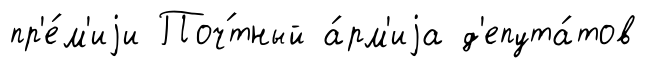
пр'е́м'иjи Поч́тный а́рм'иjа д'епута́тов